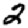
Digit: 2